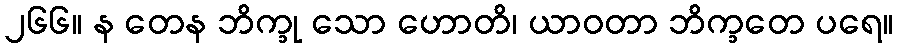
၂၆၆။ န တေန ဘိက္ခု သော ဟောတိ၊ ယာဝတာ ဘိက္ခတေ ပရေ။